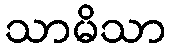
သာမိသာ